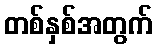
တစ်နှစ်အတွက်